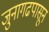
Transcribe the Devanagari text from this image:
जुनागढपासून